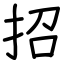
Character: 招